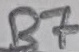
Text: B7